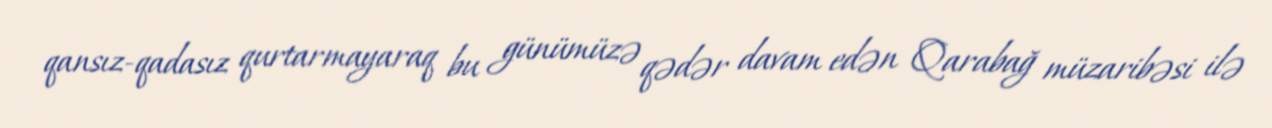
qansız-qadasız qurtarmayaraq bu günümüzə qədər davam edən Qarabağ müzaribəsi ilə